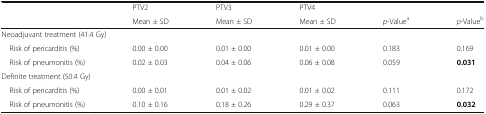
<table><thead><tr><td></td><td><b>PTV2</b></td><td><b>PTV3</b></td><td><b>PTV4</b></td><td></td><td></td></tr><tr><td></td><td><b>Mean ± SD</b></td><td><b>Mean ± SD</b></td><td><b>Mean ± SD</b></td><td><b><i>p</i>-Value<sup>a</sup></b></td><td><b><i>p</i>-Value<sup>b</sup></b></td></tr></thead><tbody><tr><td colspan="6">Neoadjuvant treatment (41.4 Gy)</td></tr><tr><td> Risk of pericarditis (%)</td><td>0.00 ± 0.00</td><td>0.01 ± 0.00</td><td>0.01 ± 0.00</td><td>0.183</td><td>0.169</td></tr><tr><td> Risk of pneumonitis (%)</td><td>0.02 ± 0.03</td><td>0.04 ± 0.06</td><td>0.06 ± 0.08</td><td>0.059</td><td><b>0.031</b></td></tr><tr><td colspan="6">Definite treatment (50.4 Gy)</td></tr><tr><td> Risk of pericarditis (%)</td><td>0.00 ± 0.01</td><td>0.01 ± 0.02</td><td>0.01 ± 0.02</td><td>0.111</td><td>0.172</td></tr><tr><td> Risk of pneumonitis (%)</td><td>0.10 ± 0.16</td><td>0.18 ± 0.26</td><td>0.29 ± 0.37</td><td>0.063</td><td><b>0.032</b></td></tr></tbody></table>